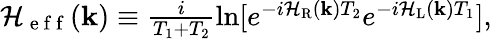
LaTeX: \begin{array}{r}{{\cal H}_{\mathrm{~e~f~f~}}({\mathbf k})\equiv\frac{i}{T_{1}+T_{2}}\ln[e^{-i{\cal H}_{\mathrm{R}}({\mathbf k})T_{2}}e^{-i{\cal H}_{\mathrm{L}}({\mathbf k})T_{1}}],}\end{array}